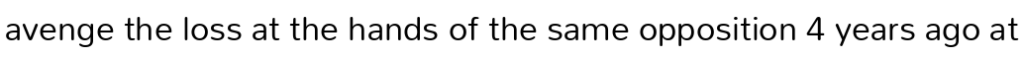
avenge the loss at the hands of the same opposition 4 years ago at